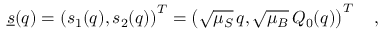
\underline { { s } } ( q ) = \left( s _ { 1 } ( q ) , s _ { 2 } ( q ) \right) ^ { T } = \left( \sqrt { \mu _ { S } } \, q , \sqrt { \mu _ { B } } \, Q _ { 0 } ( q ) \right) ^ { T } \quad ,